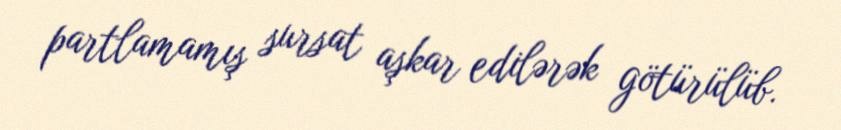
partlamamış sursat aşkar edilərək götürülüb.